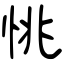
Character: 恌